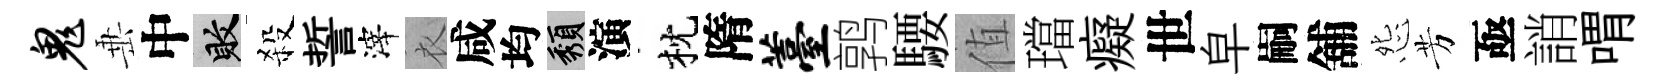
鬼𡸁中敗殺誓滓衣咸均頽演枕隋薹鹑騕值璫癡世皁嗣舖怨芳亟誚喟